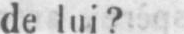
de lui?